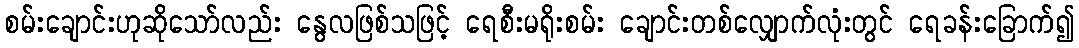
စမ်းချောင်းဟုဆိုသော်လည်း နွေလဖြစ်သဖြင့် ရေစီးမရိုးစမ်း ချောင်းတစ်လျှောက်လုံးတွင် ရေခန်းခြောက်၍